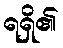
ရရှိ၏